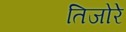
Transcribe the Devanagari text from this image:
तिजोरे